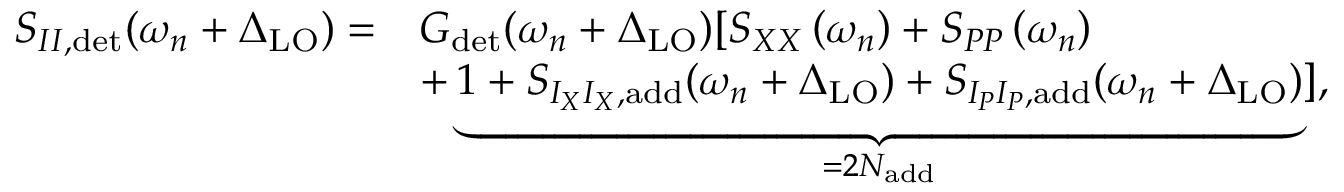
\begin{array} { r l } { S _ { I I , \mathrm { d e t } } ( \omega _ { n } + \Delta _ { \mathrm { L O } } ) = } & { G _ { \mathrm { d e t } } ( \omega _ { n } + \Delta _ { \mathrm { L O } } ) [ S _ { X X } \left( \omega _ { n } \right) + S _ { P P } \left( \omega _ { n } \right) } \\ & { + \underbrace { 1 + S _ { I _ { X } I _ { X } , \mathrm { a d d } } ( \omega _ { n } + \Delta _ { \mathrm { L O } } ) + S _ { I _ { P } I _ { P } , \mathrm { a d d } } ( \omega _ { n } + \Delta _ { \mathrm { L O } } ) } _ { = 2 N _ { \mathrm { a d d } } } ] , } \end{array}